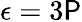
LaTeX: \epsilon=3\mathsf{P}